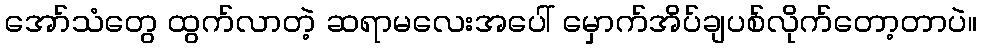
အော်သံတွေ ထွက်လာတဲ့ ဆရာမလေးအပေါ် မှောက်အိပ်ချပစ်လိုက်တော့တာပဲ။